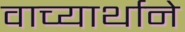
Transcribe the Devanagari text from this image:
वाच्यार्थाने